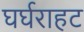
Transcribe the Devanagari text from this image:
घर्घराहट